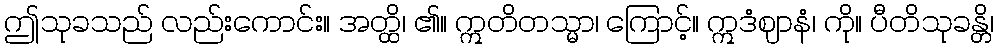
ဤသုခသည် လည်းကောင်း။ အတ္ထိ၊ ၏။ ဣတိတသ္မာ၊ ကြောင့်။ ဣဒံဈာနံ၊ ကို။ ပီတိသုခန္တိ၊